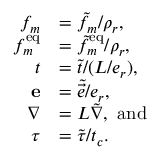
\begin{array} { r l } { f _ { m } } & { = \tilde { f } _ { m } / \rho _ { r } , } \\ { \ensuremath { f ^ { \mathrm { e q } } } _ { m } } & { = \tilde { f } _ { m } ^ { \mathrm { { e q } } } / \rho _ { r } , } \\ { t } & { = \tilde { t } / ( L / e _ { r } ) , } \\ { \ensuremath { \mathbf { e } } } & { = \tilde { \vec { e } } / e _ { r } , } \\ { \nabla } & { = L \tilde { \nabla } , \mathrm { ~ a n d } } \\ { \tau } & { = \tilde { \tau } / t _ { c } . } \end{array}